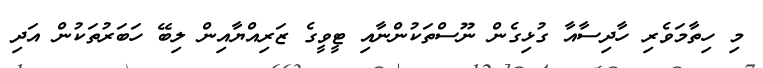
މި ހިތާމަވެރި ހާދިސާއާ ގުޅިގެން ނޫސްތަކުންނާއި ޓީވީގެ ޒަރިއްޔާއިން ލިބޭ ހަބަރުތަކުން އަދި